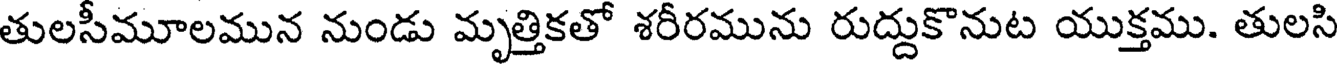
తులసీమూలమున నుండు మృత్తికతో శరీరమును రుద్దుకొనుట యుక్తము. తులసి